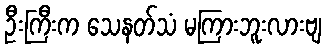
ဦးကြီးက သေနတ်သံ မကြားဘူးလားဗျ